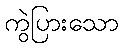
ကွဲပြားသော